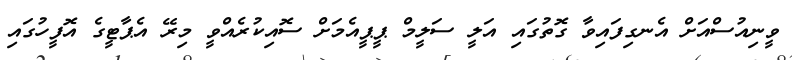
ވީނިއުސްއަށް އެނގިފައިވާ ގޮތުގައި އަލީ ސަލީމް ޕީޕީއެމަށް ސޮއިކުރެއްވީ މިރޭ އެޕާޓީގެ އޮފީހުގައި